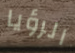
الرؤيا